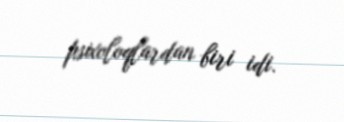
psixoloqlardan biri idi.